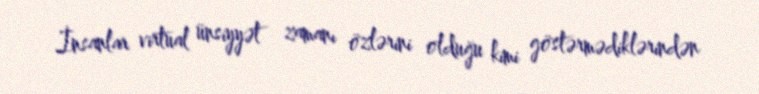
İnsanlar virtual ünsiyyət zamanı özlərini olduğu kimi göstərmədiklərindən